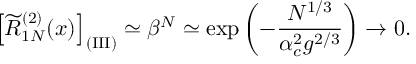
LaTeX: \left[ \widetilde R _ { 1 N } ^ { ( 2 ) } ( x ) \right] _ { \mathrm { ( I I I ) } } \simeq \beta ^ { N } \simeq \exp \left( - { \frac { N ^ { 1 / 3 } } { \alpha _ { c } ^ { 2 } g ^ { 2 / 3 } } } \right) \rightarrow 0 .